Plague in India, 1896, 1897 - Volume 1
Year: 1896
Disease focus: Plague
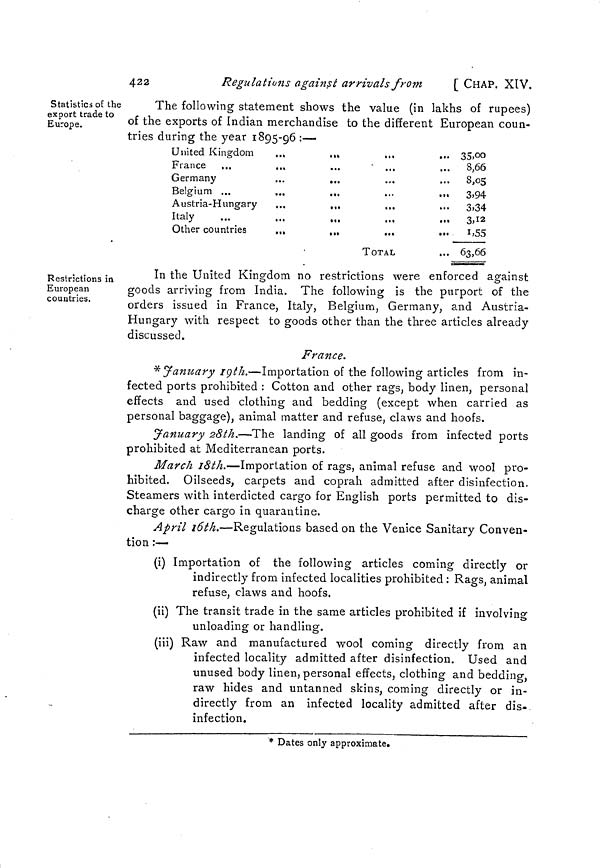
422
Regulations against arrivals from
[ CHAP. XtV.
Statistics of the
export trade to
Europe.
The following statement shows the value (in lakhs of rupees)
of the exports of Indian merchandise to the different European coun-
tries during the year 1895-96 :—
United Kingdom
...
,..
France ...
,.,
Germany
...
...
Belgium ...
...
.,,
Austria-Hungary
...
...
Italy
...
...
.,,
Other countries
.,,
,„
in
,,,
...
...
...
...
...
TOTAL
... 35,00
... 8,66
... 8,05
...
3,94
...
3,34
3,12
1,55
... 63,66
Restrictions in
European
countries.
In the United Kingdom no restrictions were enforced against
goods arriving from India. The following is the purport of the
orders issued in France, Italy, Belgium, Germany, and Austria-
Hungary with respect to goods other than the three articles already
discussed.
France.
* January 19th.—Importation of the following articles from in-
fected ports prohibited : Cotton and other rags, body linen, personal
effects and used clothing and bedding (except when carried as
personal baggage), animal matter and refuse, claws and hoofs.
January 28th.—The landing of all goods from infected ports
prohibited at Mediterranean ports.
March 18th.—Importation of rags, animal refuse and wool pro-
hibited. Oilseeds, carpets and coprah admitted after disinfection.
Steamers with interdicted cargo for English ports permitted to dis-
charge other cargo in quarantine.
April 16th.—Regulations based on the Venice Sanitary Conven-
tion :—
(i) Importation of the following articles coming directly or
indirectly from infected localities prohibited : Rags, animal
refuse, claws and hoofs.
(ii) The transit trade in the same articles prohibited if involving
unloading or handling.
(iii) Raw and manufactured wool coming directly from an
infected locality admitted after disinfection. Used and
unused body linen, personal effects, clothing and bedding,
raw hides and untanned skins, coming directly or in-
directly from an infected locality admitted after dis-
infection.
* Dates only approximate.